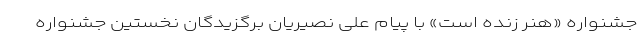
جشنواره «هنر زنده است» با پیام علی نصیریان برگزیدگان نخستین جشنواره